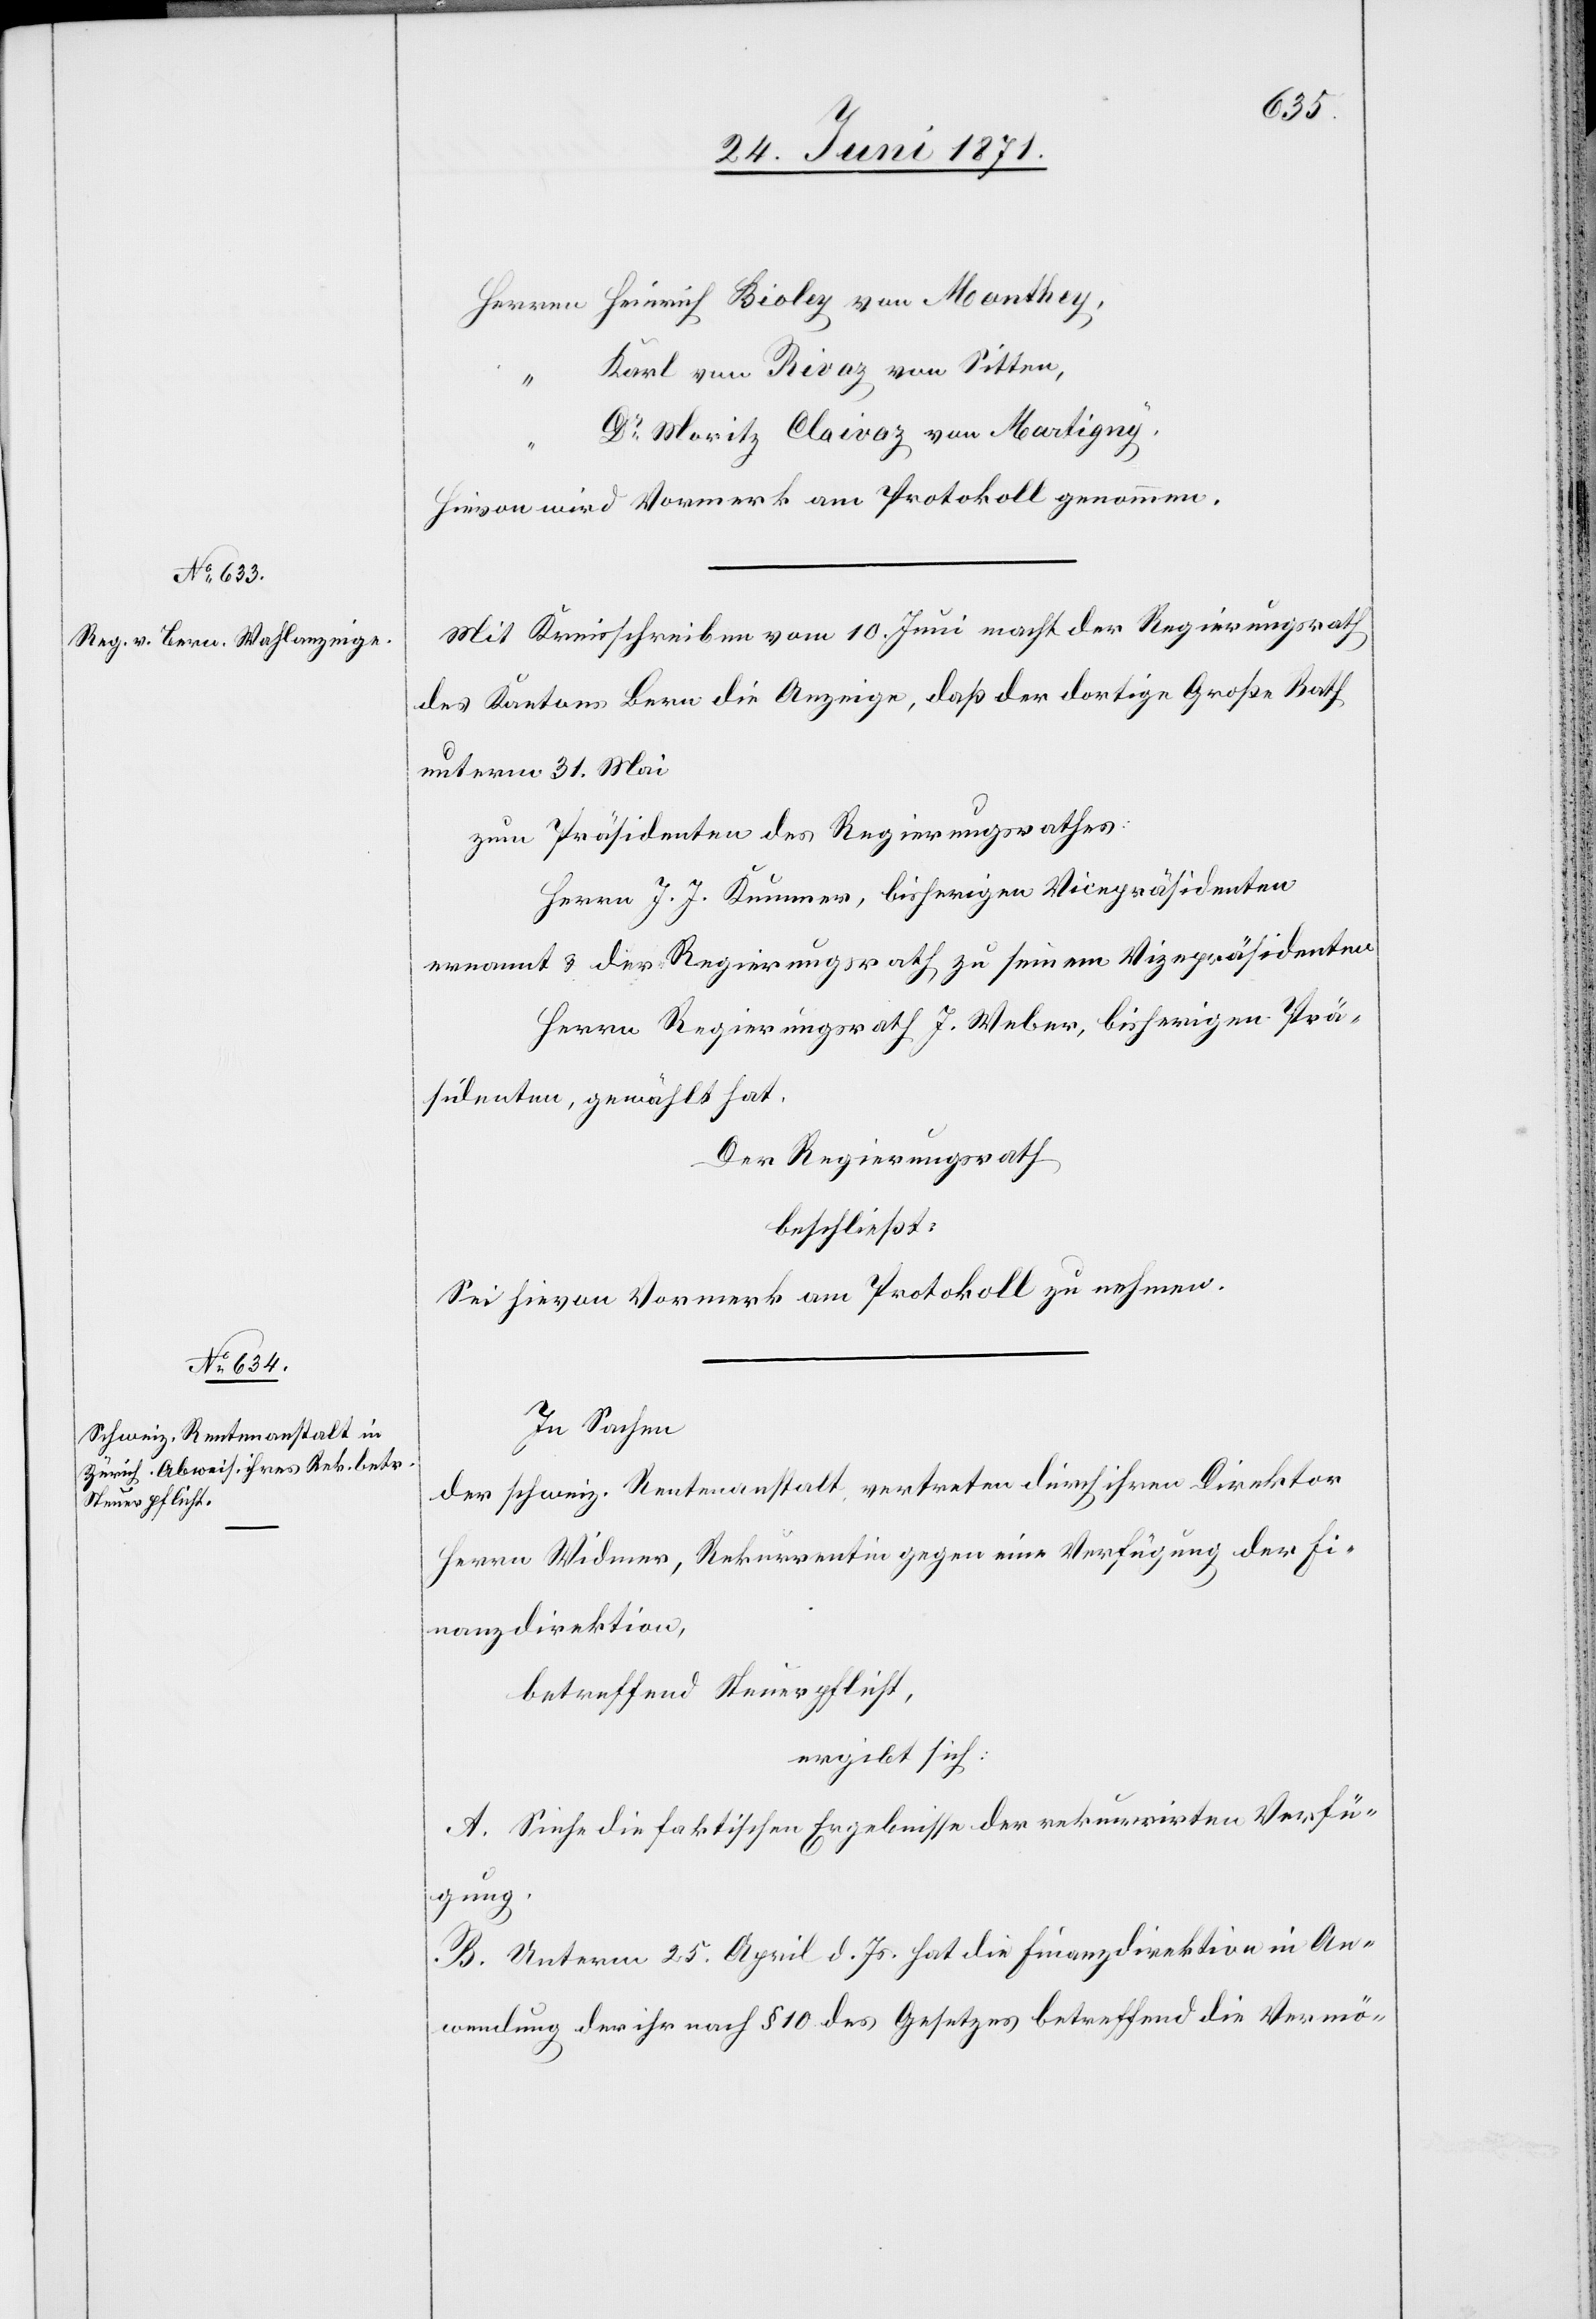
Herren Heinrich Bioley von Monthey,
Karl von Rivaz von Sitten,
“
Dr. Moritz Claivaz von Martigny,
Hievon wird Vormerk am Protokoll genommen.
Mit Kreisschreiben vom 10. Juni macht der Regierungsrath
des Kantons Bern die Anzeige, daß der dortige Große Rath
unterm 31. Mai
zum Präsidenten des Regierungsrathes:
Herrn J. J. Kummer, bisherigen Vicepräsidenten
ernannt u. der Regierungsrath zu seinem Vizepräsidenten
Herrn Regierungsrath J. Weber, bisherigen Prä¬
sidenten, gewählt hat.
Der Regierungsrath
beschließt:
Sei hievon Vormerk am Protokoll zu nehmen.
In Sachen
der schweiz. Rentenanstalt vertreten durch ihren Direktor
Herrn Widmer, Rekurrentin gegen eine Verfügung der Fi¬
nanzdirektion,
betreffend Steuerpflicht,
ergibt sich:
A. Siehe die faktischen Ergebnisse der rekurrirten Verfü¬
gung.
B. Unterm 25. April d. Js. hat die Finanzdirektion in An¬
wendung der ihr nach § 10 des Gesetzes betreffend die Vermö-